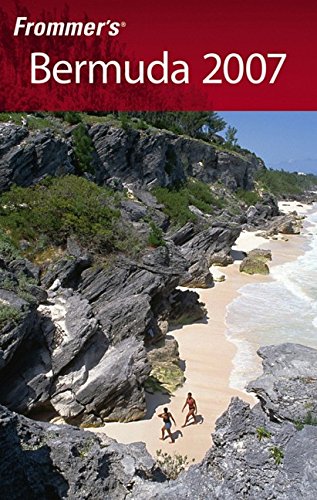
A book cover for Frommer's Bermuda 2007 (Frommer's Complete Guides); Darwin Porter; Travel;